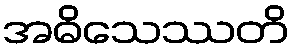
အဓိသေဿတိ